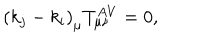
\left( k _ { j } - k _ { i } \right) _ { \mu } T _ { \mu \nu } ^ { A V } = 0 ,